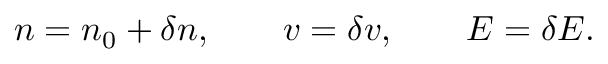
\begin{array} { r } { n = n _ { 0 } + \delta n , \qquad v = \delta v , \qquad E = \delta E . } \end{array}